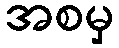
အစမှ